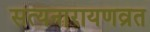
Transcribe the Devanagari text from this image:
सत्यनारायणव्रत